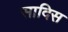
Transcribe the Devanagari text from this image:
सादिस